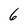
Character: 6